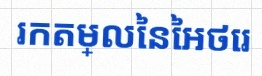
រកតម្លៃនៃអថេរ